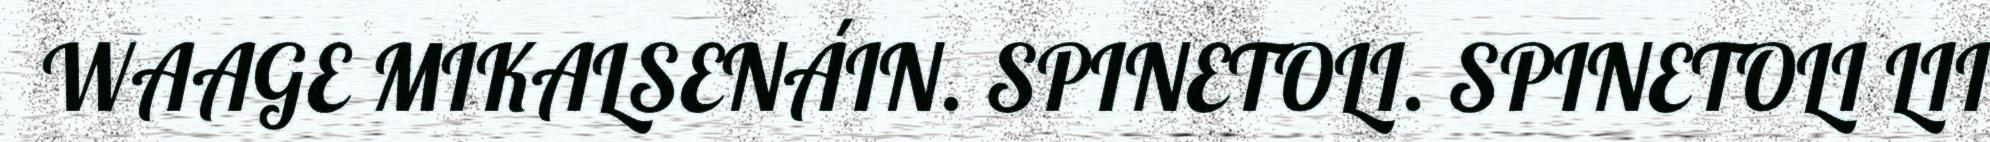
WAAGE MIKALSENÁIN. SPINETOLI. SPINETOLI LII